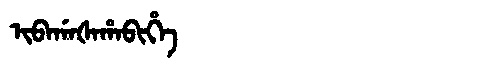
Manchu: ᡳᠪᠠᡤᠠᡧᠠᡥᠠᠪᡳᡥᡝ
Romanization: IBAGAŠAHABIHE